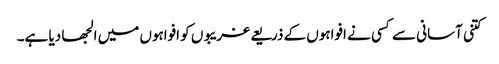
کتنی آسانی سے کسی نے افواہوں کے ذریعے غریبوں کو افواہوں میں الجھا دیا ہے۔